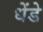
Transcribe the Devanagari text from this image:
धेंडे